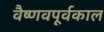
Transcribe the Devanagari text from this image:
वैष्णवपूर्वकाल